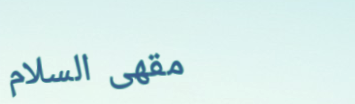
مقهى السلام